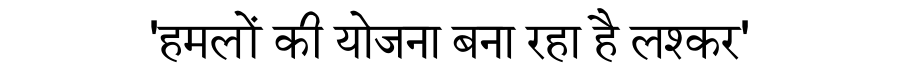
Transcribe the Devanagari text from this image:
'हमलों की योजना बना रहा है लश्कर'